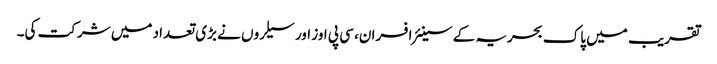
تقریب میں پاک بحریہ کے سینئر افسران، سی پی اوز اور سیلروں نے بڑی تعداد میں شرکت کی۔